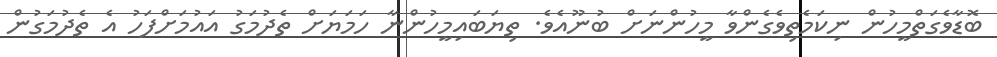
ބޮޑާވެގަތްމީހުން ނިކަމެތިވެގެންވާ މީހުންނަށް ބުނޫއެވެ. ތިޔަބައިމީހުންނާ ހަމަޔަށް ތެދުމަގު އައުމަށްފަހު އެ ތެދުމަގުން